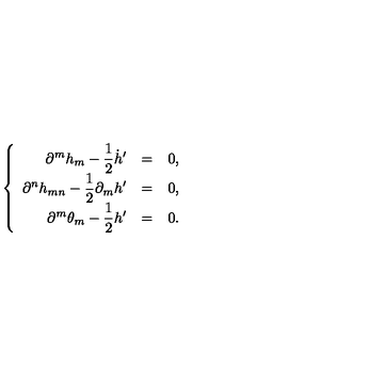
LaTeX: \left\{ \begin{array} { r c l } { \displaystyle \partial ^ { m } h _ { m } - \frac { 1 } { 2 } \dot { h } ^ { \prime } } & { = } & { 0 , \vspace { 2 m m } } \\ { \displaystyle \partial ^ { n } h _ { m n } - \frac { 1 } { 2 } \partial _ { m } h ^ { \prime } } & { = } & { 0 , \vspace { 2 m m } } \\ { \displaystyle \partial ^ { m } \theta _ { m } - \frac { 1 } { 2 } h ^ { \prime } } & { = } & { 0 . } \\ \end{array} \right.